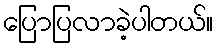
ပြောပြလာခဲ့ပါတယ်။